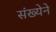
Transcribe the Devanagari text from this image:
संख्‍येने